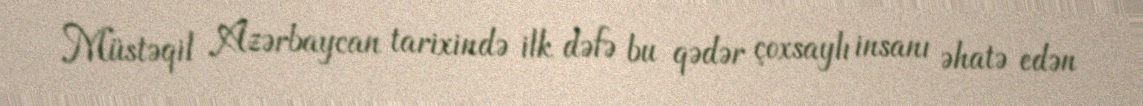
Müstəqil Azərbaycan tarixində ilk dəfə bu qədər çoxsaylı insanı əhatə edən